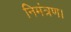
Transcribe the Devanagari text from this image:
निमंत्रण।